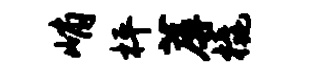
峭枰蓐橇